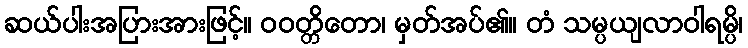
ဆယ်ပါးအပြားအားဖြင့်။ ဝဝတ္တိတော၊ မှတ်အပ်၏။ တံ သမ္ပယျလာဝါရမ္ပိ၊